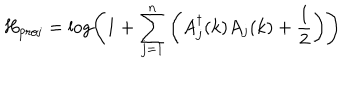
LaTeX: H _ { \mathrm { p r o j } } = \log \left( 1 + \sum _ { j = 1 } ^ { n } \left( A _ { j } ^ { \dagger } ( k ) A _ { j } ( k ) + { \frac { 1 } { 2 } } \right) \right)